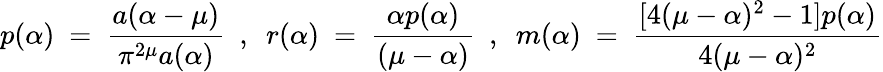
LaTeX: p(\alpha)~=~\frac{a(\alpha-\mu)}{\pi^{2\mu}a(\alpha)}~~,~~r(\alpha)~=~\frac{\alpha p(\alpha)}{(\mu-\alpha)}~~,~~m(\alpha)~=~\frac{[4(\mu-\alpha)^{2}-1]p(\alpha)}{4(\mu-\alpha)^{2}}